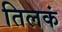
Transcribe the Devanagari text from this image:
तिलकं